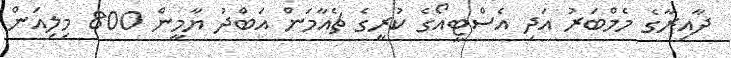
ދާއިރާގެ މެމްބަރު އަދި އެސްޓީއޯގެ ކުރީގެ ޗެއާމަން އަބްދު ޔާމީން 800 މިލިއަން